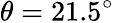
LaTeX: \theta=21.5^{\circ}